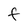
Character: F